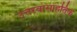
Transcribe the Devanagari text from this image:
उत्तरवासाहतिक